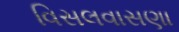
વિસલવાસણા